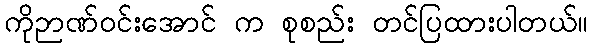
ကိုဉာဏ်ဝင်းအောင် က စုစည်း တင်ပြထားပါတယ်။